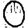
Digit: 0